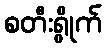
စတီးရွိုက်